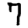
Digit: 7